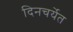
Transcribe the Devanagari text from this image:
दिनचर्येत